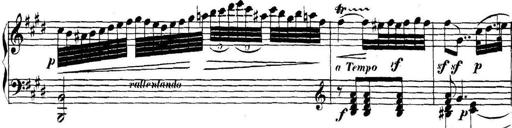
Title: Collected Piano Sonatas
Composer: Muzio Clementi